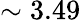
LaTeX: \sim 3.49